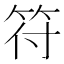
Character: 符